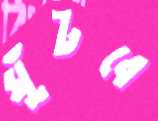
ঘুঁটবে